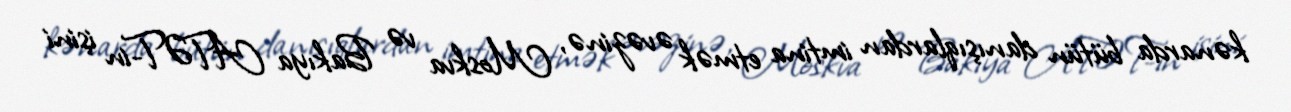
kənarda bütün danışıqlardan imtina etmək əvəzinə, Moskva və Bakıya ATƏT-in işini